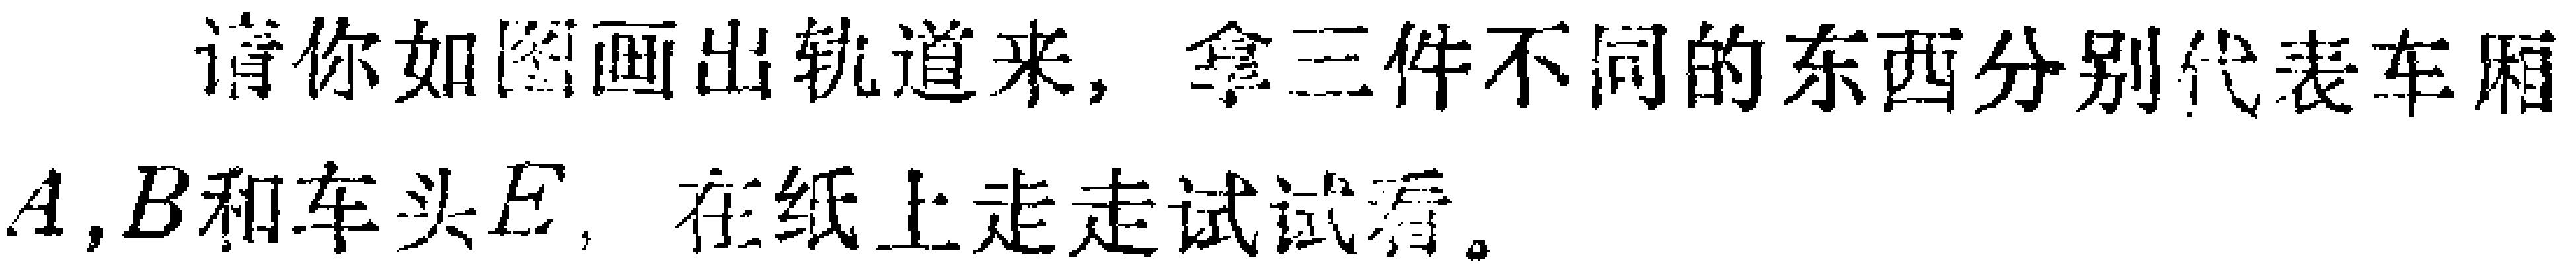
请你如图画出轨道来，拿三件不同的东西分别代表车厢$A,B$和车头$E$，在纸上走走试试看。